Civil Veterinary Dept. Bombay admin report 1932-41 - 1932-1941
Year: 1932
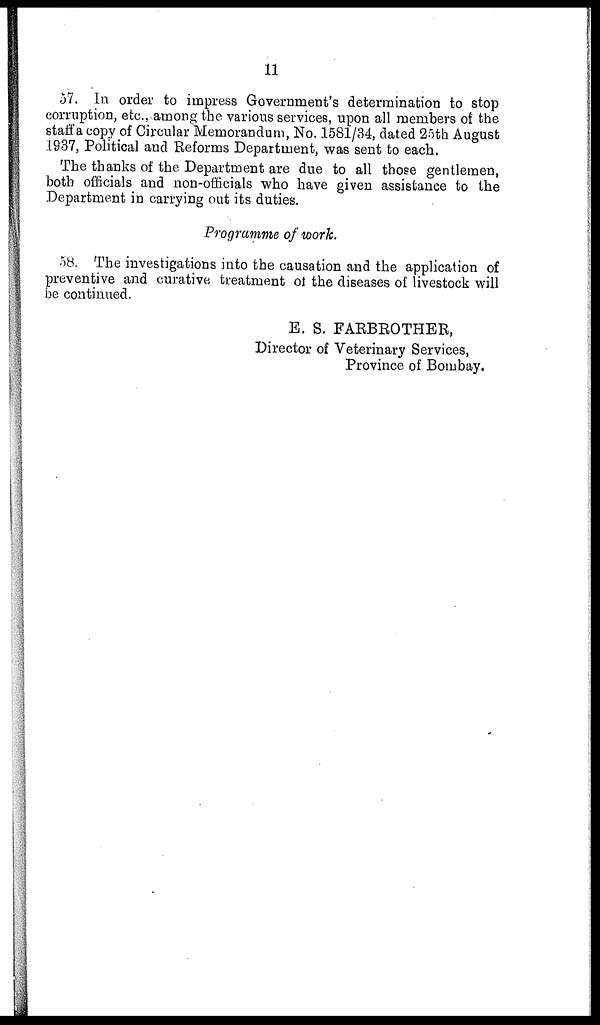
11
57. In order to impress Government's determination to stop
corruption, etc., among the various services, upon all members of the
staff a copy of Circular Memorandum, No. 1581/34, dated 25th August
1937, Political and Reforms Department, was sent to each.
The thanks of the Department are due to all those gentlemen,
both officials and non-officials who have given assistance to the
Department in carrying out its duties.
Programme of work.
58. The investigations into the causation and the application of
preventive and curative treatment of the diseases of livestock will
be continued.
E. S. FARBROTHER,
Director of Veterinary Services,
Province of Bombay.